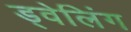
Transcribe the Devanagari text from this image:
ड्वेलिंग